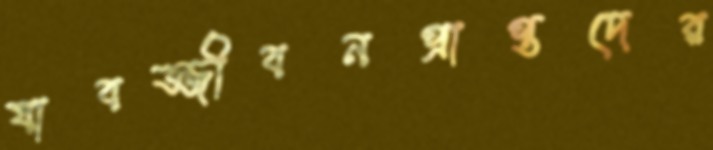
যাবজ্জীবনপ্রাপ্তদের